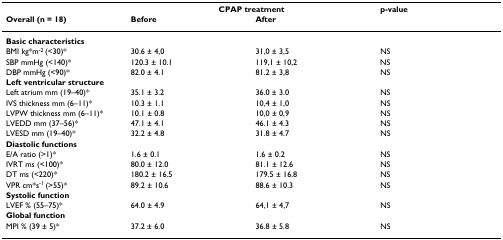
<table><thead><tr><td></td><td colspan="2"><b>CPAP treatment</b></td><td><b>p-value</b></td></tr><tr><td><b>Overall (n = 18)</b></td><td><b>Before</b></td><td><b>After</b></td><td></td></tr></thead><tbody><tr><td colspan="4"><b>Basic characteristics</b></td></tr><tr><td>BMI kg*m<sup>-2 </sup>(&lt;30)*</td><td>30.6 ± 4,0</td><td>31,0 ± 3,5</td><td>NS</td></tr><tr><td>SBP mmHg (&lt;140)*</td><td>120.3 ± 10.1</td><td>119,1 ± 10,2</td><td>NS</td></tr><tr><td>DBP mmHg (&lt;90)*</td><td>82.0 ± 4.1</td><td>81.2 ± 3,8</td><td>NS</td></tr><tr><td colspan="4"><b>Left ventricular structure</b></td></tr><tr><td>Left atrium mm (19–40)*</td><td>35.1 ± 3.2</td><td>36.0 ± 3.0</td><td>NS</td></tr><tr><td>IVS thickness mm (6–11)*</td><td>10.3 ± 1.1</td><td>10,4 ± 1,0</td><td>NS</td></tr><tr><td>LVPW thickness mm (6–11)*</td><td>10.1 ± 0.8</td><td>10,0 ± 0,9</td><td>NS</td></tr><tr><td>LVEDD mm (37–56)*</td><td>47.1 ± 4.1</td><td>46.1 ± 4.3</td><td>NS</td></tr><tr><td>LVESD mm (19–40)*</td><td>32.2 ± 4.8</td><td>31.8 ± 4.7</td><td>NS</td></tr><tr><td colspan="4"><b>Diastolic functions</b></td></tr><tr><td>E/A ratio (&gt;1)*</td><td>1.6 ± 0.1</td><td>1.6 ± 0.2</td><td>NS</td></tr><tr><td>IVRT ms (&lt;100)*</td><td>80.0 ± 12.0</td><td>81.1 ± 12.6</td><td>NS</td></tr><tr><td>DT ms (&lt;220)*</td><td>180.2 ± 16.5</td><td>179.5 ± 16.8</td><td>NS</td></tr><tr><td>VPR cm*s<sup>-1 </sup>(&gt;55)*</td><td>89.2 ± 10.6</td><td>88.6 ± 10.3</td><td>NS</td></tr><tr><td colspan="4"><b>Systolic function</b></td></tr><tr><td>LVEF % (55–75)*</td><td>64.0 ± 4.9</td><td>64,1 ± 4,7</td><td>NS</td></tr><tr><td colspan="4"><b>Global function</b></td></tr><tr><td>MPI % (39 ± 5)*</td><td>37.2 ± 6.0</td><td>36.8 ± 5.8</td><td>NS</td></tr></tbody></table>